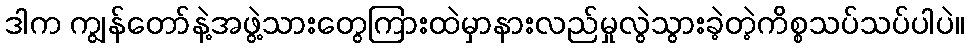
ဒါက ကျွန်တော်နဲ့အဖွဲ့သားတွေကြားထဲမှာနားလည်မှုလွဲသွားခဲ့တဲ့ကိစ္စသပ်သပ်ပါပဲ။